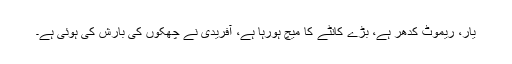
یار، ریموٹ کدھر ہے، بڑے کانٹے کا میچ ہورہا ہے، آفریدی نے چھکوں کی بارش کی ہوئی ہے۔